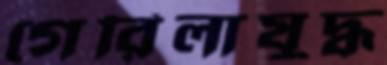
গেরিলাযুদ্ধ